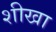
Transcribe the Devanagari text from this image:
शीखा